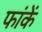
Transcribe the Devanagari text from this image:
फांकें